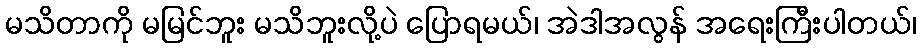
မသိတာကို မမြင်ဘူး မသိဘူးလို့ပဲ ပြောရမယ်၊ အဲဒါအလွန် အရေးကြီးပါတယ်၊